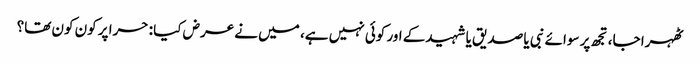
ٹھہرا جا، تجھ پر سوائے نبی یا صدیق یا شہیدکے اور کوئی نہیں ہے، میں نے عرض کیا : حرا پر کون کون تھا؟